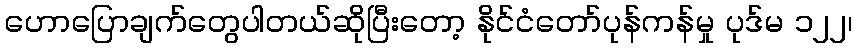
ဟောပြောချက်တွေပါတယ်ဆိုပြီးတော့ နိုင်ငံတော်ပုန်ကန်မှု ပုဒ်မ ၁၂၂၊